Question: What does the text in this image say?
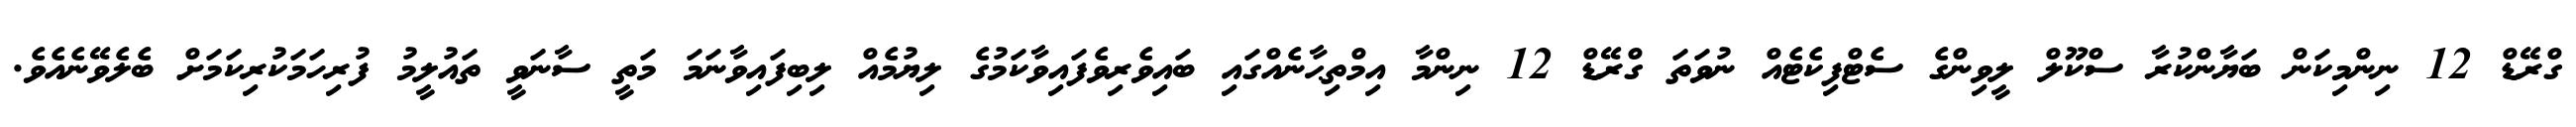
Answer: ގްރޭޑް 12 ނިންމިކަން ބަޔާންކުރާ ސްކޫލް ލީވިންގެ ސެޓްފިކެޓެއް ނުވަތަ ގްރޭޑް 12 ނިންމާ އިމްތިޙާނެއްގައި ބައިވެރިވެފައިވާކަމުގެ ލިޔުމެއް ލިބިފައިވާނަމަ މަތީ ސާނަވީ ތައުލީމު ފުރިހަމަކުރިކަމަށް ބެލެވޭނެއެވެ.